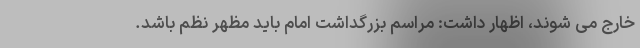
خارج می شوند، اظهار داشت: مراسم بزرگداشت امام باید مظهر نظم باشد.